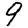
Digit: 9